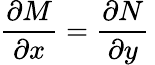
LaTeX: {\frac{\partial M}{\partial x}}={\frac{\partial N}{\partial y}}\,